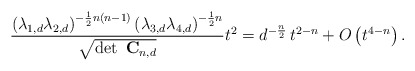
\begin{align*} \frac{\left(\lambda_{1,d}\lambda_{2,d}\right)^{-\frac{1}{2}n\left(n-1\right)}\left(\lambda_{3,d}\lambda_{4,d}\right)^{-\frac{1}{2}n}}{\sqrt{\det\ \bold{C}_{n,d}}} t^{2} = d^{-\frac{n}{2}} \, t^{2-n} + O\left(t^{4-n}\right).\end{align*}